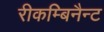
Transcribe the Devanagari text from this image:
रीकम्बिनैन्ट